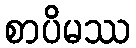
စာပိမဿ